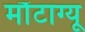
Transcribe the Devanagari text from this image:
मौंटाग्यू